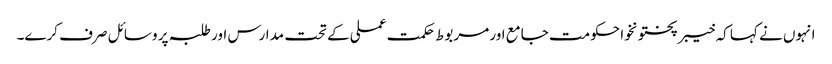
انہوں نے کہا کہ خیبرپختونخوا حکومت جامع اور مربوط حکمت عملی کے تحت مدارس اور طلبہ پر وسائل صرف کرے۔